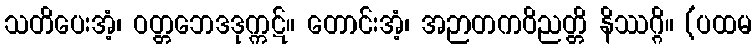
သတိပေးအံ့၊ ဝတ္တဘေဒဒုက္ကဋ်။ တောင်းအံ့၊ အဉာတကဝိညတ္တိ နိဿဂ္ဂိ။ (ပထမ